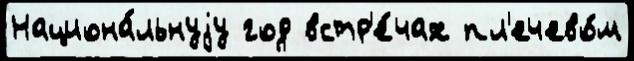
Национа́льнуjу год встр'е́чах пл'ечево́м